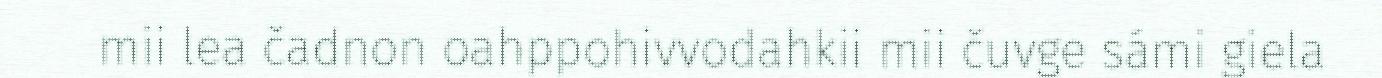
mii lea čadnon oahppohivvodahkii mii čuvge sámi giela